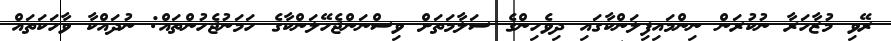
ރޭވި މުޒާހަރާ ނުކުރަން ނިންމައިފިލަންކާގައި ދިވެހިންގެ ސަލާމަތަށް ވިސްނަންޖެހޭލަންކާގެ ހަމަނުޖެހުންތައް: ނުދައްކާ ވާހަކަތައް